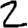
Digit: 2